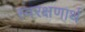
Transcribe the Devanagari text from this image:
स्वरक्षणार्थ